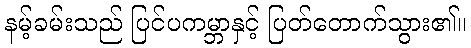
နမ့်ခမ်းသည် ပြင်ပကမ္ဘာနှင့် ပြတ်တောက်သွား၏။